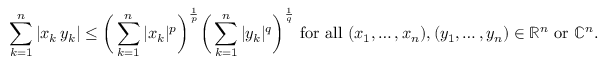
\sum _ { k = 1 } ^ { n } | x _ { k } \, y _ { k } | \leq { \biggl ( } \sum _ { k = 1 } ^ { n } | x _ { k } | ^ { p } { \biggr ) } ^ { \frac { 1 } { p } } { \biggl ( } \sum _ { k = 1 } ^ { n } | y _ { k } | ^ { q } { \biggr ) } ^ { \frac { 1 } { q } } { \mathrm { ~ f o r ~ a l l ~ } } ( x _ { 1 } , \ldots , x _ { n } ) , ( y _ { 1 } , \ldots , y _ { n } ) \in \mathbb { R } ^ { n } { \mathrm { ~ o r ~ } } \mathbb { C } ^ { n } .